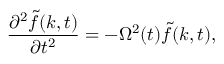
\frac { \partial ^ { 2 } \tilde { f } ( k , t ) } { \partial t ^ { 2 } } = - \Omega ^ { 2 } ( t ) \tilde { f } ( k , t ) ,